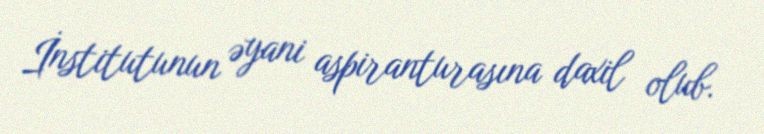
İnstitutunun əyani aspiranturasına daxil olub.